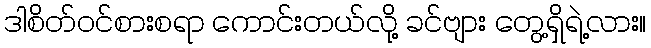
ဒါစိတ်ဝင်စားစရာ ကောင်းတယ်လို့ ခင်ဗျား တွေ့ရှိရဲ့လား။